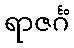
ရာဇင်္ဂံ